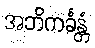
အဘိကင်္ခန္တံ